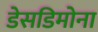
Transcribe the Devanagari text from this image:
डेसडिमोना